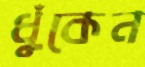
ধুঁকেন